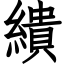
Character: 繢